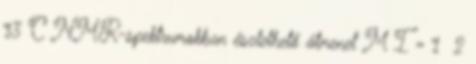
13 C NMR-spektrumokban észlelhető átmenet M I = 1 2